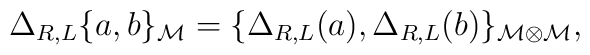
\Delta_{R,L} \{ a,b\}_{{\cal M}}=\{\Delta_{R,L} (a),\Delta_{R,L} (b)\}_{{\cal M\otimes}{\cal M}},